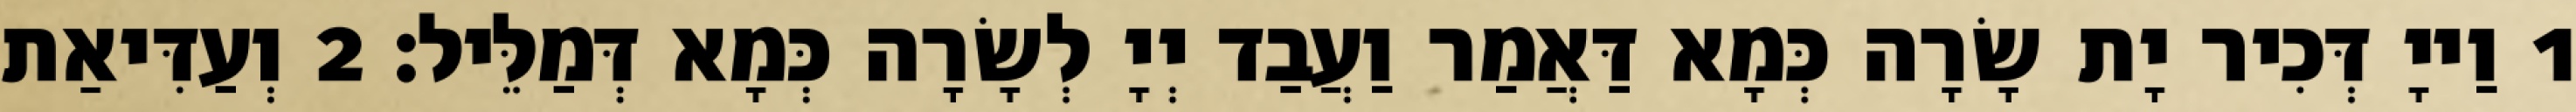
1 וַייָ דְּכִיר יָת שָׂרָה כְּמָא דַּאֲמַר וַעֲבַד יְיָ לְשָׂרָה כְּמָא דְּמַלֵּיל׃ 2 וְעַדִּיאַת